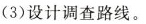
(3)设计调查路线。